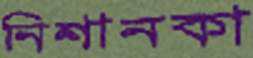
নিশানকা